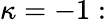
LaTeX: \kappa=-1: